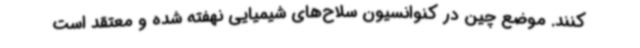
کنند. موضع چین در کنوانسیون سلاح‌های شیمیایی نهفته شده و معتقد است